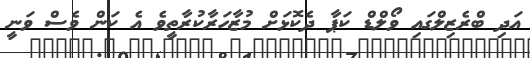
އަދި ބްރެޒިލްގައި ވޯލްޑް ކަޕާ ދެކޮޅަށް މުޒާހަރާކުރާތީވެ އެ ކަން ވެސް ވަނީ